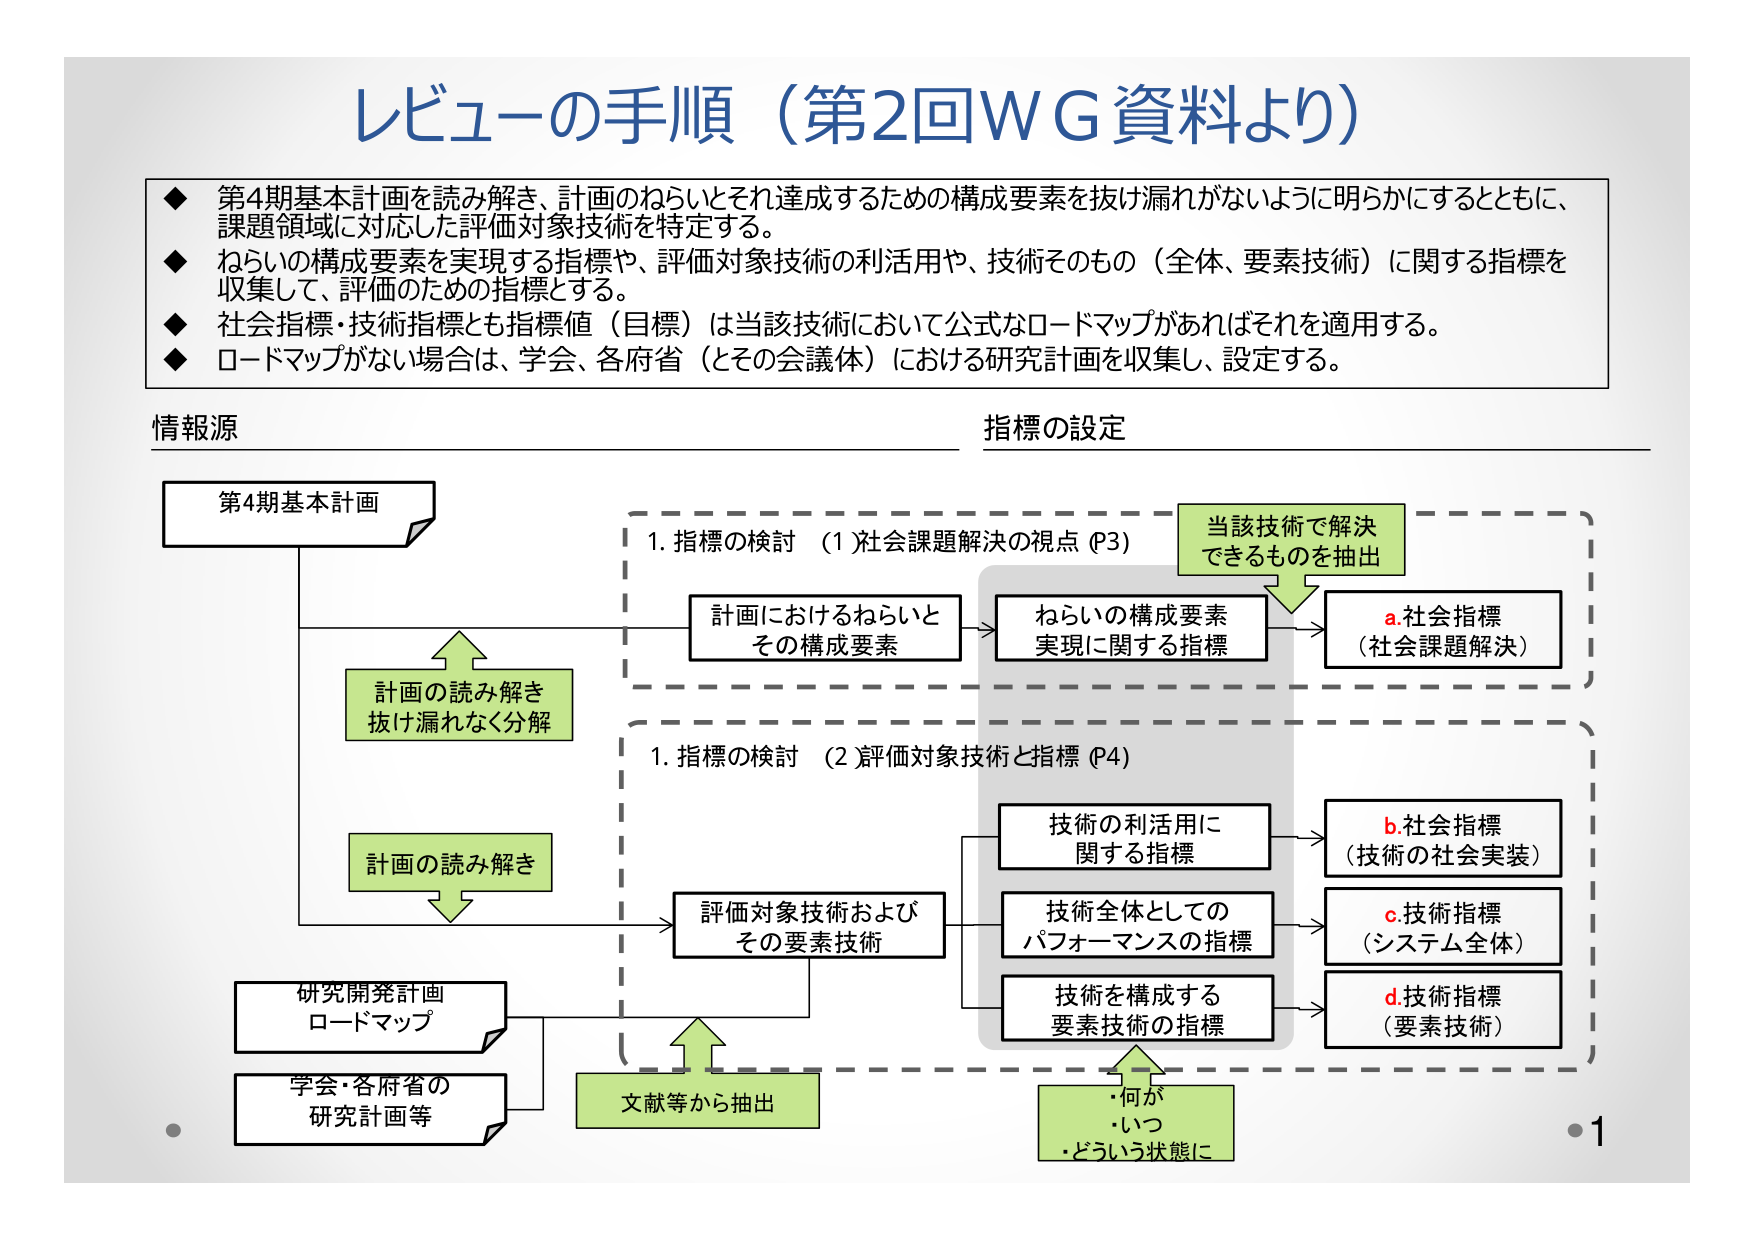
レビューの手順（第2回WG資料より）

◆ 第4期基本計画を読み解き、計画のねらいとそれ達成するための構成要素を抜け漏れがないように明らかにするとともに、課題領域に対応した評価対象技術を特定する。
◆ ねらいの構成要素を実現する指標や、評価対象技術の利活用や、技術そのもの（全体、要素技術）に関する指標を収集して、評価のための指標とする。
◆ 社会指標・技術指標とも指標値（目標）は当該技術において公式なロードマップがあればそれを適用する。
◆ ロードマップがない場合は、学会、各府省（とその会議体）における研究計画を収集、設定する。

情報源

第4期基本計画

計画の読み解き
抜け漏れなく分解

計画の読み解き

研究開発計画
ロードマップ

学会・各府省の
研究計画等

指標の設定

1. 指標の検討 （1）社会課題解決の視点（P3）

計画におけるねらいと
その構成要素

当該技術で解決
できるものを抽出

ねらいの構成要素
実現に関する指標

a.社会指標
（社会課題解決）

1. 指標の検討 （2）評価対象技術と指標（P4）

評価対象技術および
その要素技術

技術の利活用に
関する指標

b.社会指標
（技術の社会実装）

技術全体としての
パフォーマンスの指標

c.技術指標
（システム全体）

技術を構成する
要素技術の指標

d.技術指標
（要素技術）

文献等から抽出

・何が
・いつ
・どういう状態に

1